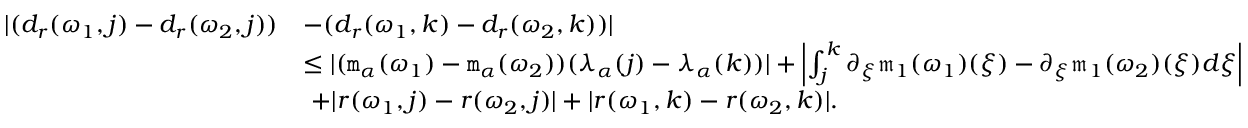
\begin{array} { r l } { | ( d _ { r } ( \omega _ { 1 } , j ) - d _ { r } ( \omega _ { 2 } , j ) ) } & { - ( d _ { r } ( \omega _ { 1 } , k ) - d _ { r } ( \omega _ { 2 } , k ) ) | } \\ & { \le | ( \mathtt { m } _ { \alpha } ( \omega _ { 1 } ) - \mathtt { m } _ { \alpha } ( \omega _ { 2 } ) ) ( \lambda _ { \alpha } ( j ) - \lambda _ { \alpha } ( k ) ) | + \left| \int _ { j } ^ { k } \partial _ { \xi } \mathfrak { m } _ { 1 } ( \omega _ { 1 } ) ( \xi ) - \partial _ { \xi } \mathfrak { m } _ { 1 } ( \omega _ { 2 } ) ( \xi ) d \xi \right| } \\ & { \ + | r ( \omega _ { 1 } , j ) - r ( \omega _ { 2 } , j ) | + | r ( \omega _ { 1 } , k ) - r ( \omega _ { 2 } , k ) | . } \end{array}